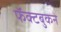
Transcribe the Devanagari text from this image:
फॅक्टबुकने